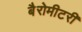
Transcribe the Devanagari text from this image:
बैरोमीटरी